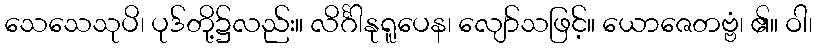
သေသေသုပိ၊ ပုဒ်တို့၌လည်း။ လိင်္ဂါနုရူပေန၊ လျော်သဖြင့်။ ယောဇေတဗ္ဗံ၊ ၏။ ဝါ၊